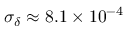
\sigma _ { \delta } \approx 8 . 1 \times 1 0 ^ { - 4 }